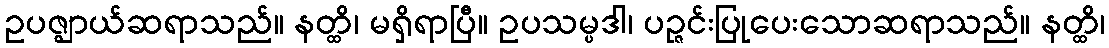
ဥပဇ္ဈာယ်ဆရာသည်။ နတ္ထိ၊ မရှိရာပြီ။ ဥပသမ္ပဒါ၊ ပဉ္ဇင်းပြုပေးသောဆရာသည်။ နတ္ထိ၊